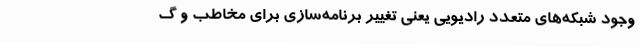
وجود شبکه‌های متعدد رادیویی یعنی تغییر برنامه‌سازی برای مخاطب و گ